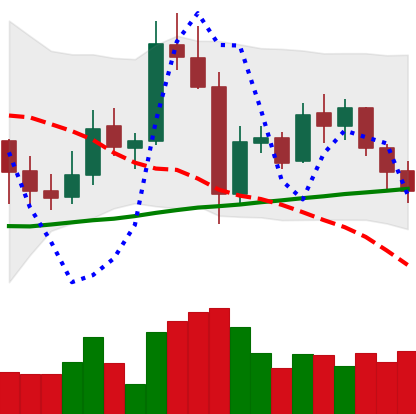
Ticker: XMR-USD
Chart end date: 2021-11-05
Forward return: 4.43%
Label: up_3_5